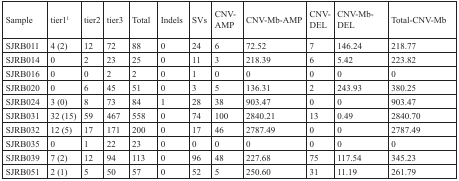
| Sample | tierl1 | tier2 | tier3 | Total | Indels | SVs | CNV-AMP | CNV-Mb-AMP | CNV-DEL | CNV-Mb-DEL | Total-CNV-Mb |
 | --- | --- | --- | --- | --- | --- | --- | --- | --- | --- | --- | --- |
 | SJRB011 | 4(2) | 12 | 72 | 88 | 0 | 24 | 6 | 72.52 | 7 | 146.24 | 218.77 |
 | SJRB014 | 0 | 2 | 23 | 25 | 0 | 11 | 3 | 218.39 | 6 | 5.42 | 223.82 |
 | SJRB016 | 0 | 0 | 2 | 2 | 0 | 1 | 0 | 0 | 0 | 0 | 0 |
 | SJRB020 | 0 | 6 | 45 | 51 | 0 | 3 | 5 | 136.31 | 2 | 243.93 | 380.25 |
 | SJRB024 | 3(0) | 8 | 73 | 84 | 1 | 28 | 38 | 903.47 | 0 | 0 | 903.47 |
 | SJRB031 | 32(15) | 59 | 467 | 558 | 0 | 74 | 100 | 2840.21 | 13 | 0.49 | 2840.70 |
 | SJRB032 | 12(5) | 17 | 171 | 200 | 0 | 17 | 46 | 2787.49 | 0 | 0 | 2787.49 |
 | SJRB035 | 0 | 1 | 22 | 23 | 0 | 0 | 0 | 0 | 0 | 0 | 0 |
 | SJRB039 | 7(2) | 12 | 94 | 113 | 0 | 96 | 48 | 227.68 | 75 | 117.54 | 345.23 |
 | SJRB051 | 2(1) | 5 | 50 | 57 | 0 | 52 | 5 | 250.60 | 31 | 11.19 | 261.79 |